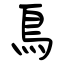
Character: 鳥